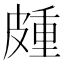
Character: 𭽰